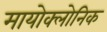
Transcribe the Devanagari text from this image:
मायोक्लोनिक